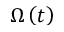
\Omega \left( t \right)